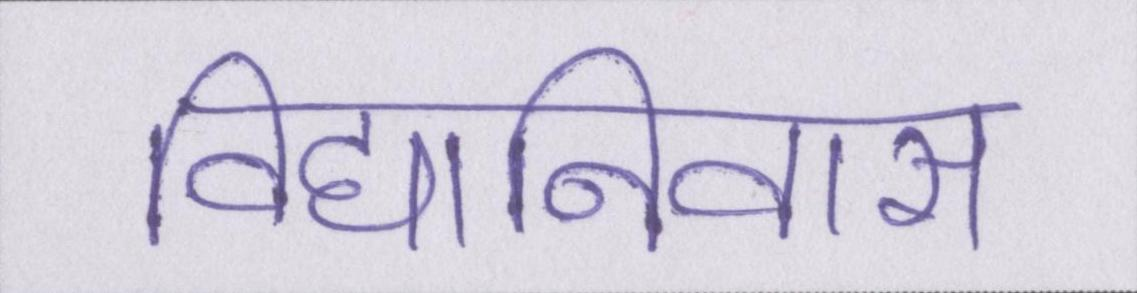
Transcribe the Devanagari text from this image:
विद्यानिवास